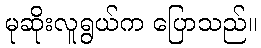
မုဆိုးလူရွယ်က ပြောသည်။